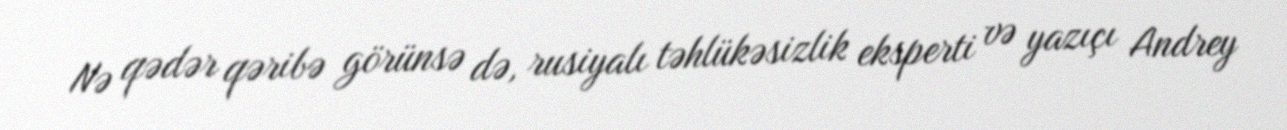
Nə qədər qəribə görünsə də, rusiyalı təhlükəsizlik eksperti və yazıçı Andrey